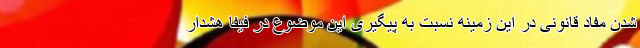
شدن مفاد قانونی در این زمینه نسبت به پیگیری این موضوع در فیفا هشدار